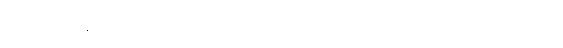
ပွားစေအပ်ကုန်သည်ရှိသော်။ ဗဟုလီကတာ၊ အကြိမ်များစွာပြု အပ်ကုန်သည်ရှိသော်။ မဟပ္ဖလာ၊